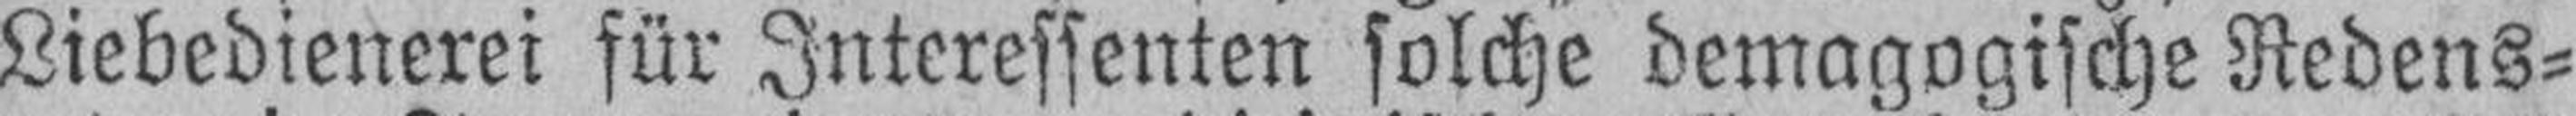
Liebedienerei für Interessenten solche demagogische Redens¬